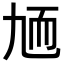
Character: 𦓏